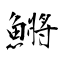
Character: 鱂